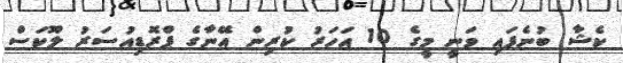
ކެޝާ ބުނެފައި ވަނީ މީގެ 10 އަހަރު ކުރިން އޭނާގެ ޕްރޮޑިއުސަރު ލޫކަސް